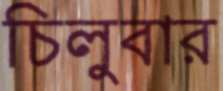
চিলুবার